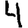
Digit: 4